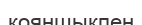
қояншықпен